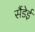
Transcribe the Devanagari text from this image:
सैंडेई